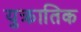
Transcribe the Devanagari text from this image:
युक्रातिक